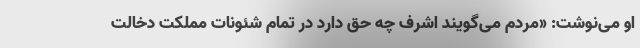
او می‌نوشت: «مردم می‌گویند اشرف چه حق دارد در تمام شئونات مملکت دخالت